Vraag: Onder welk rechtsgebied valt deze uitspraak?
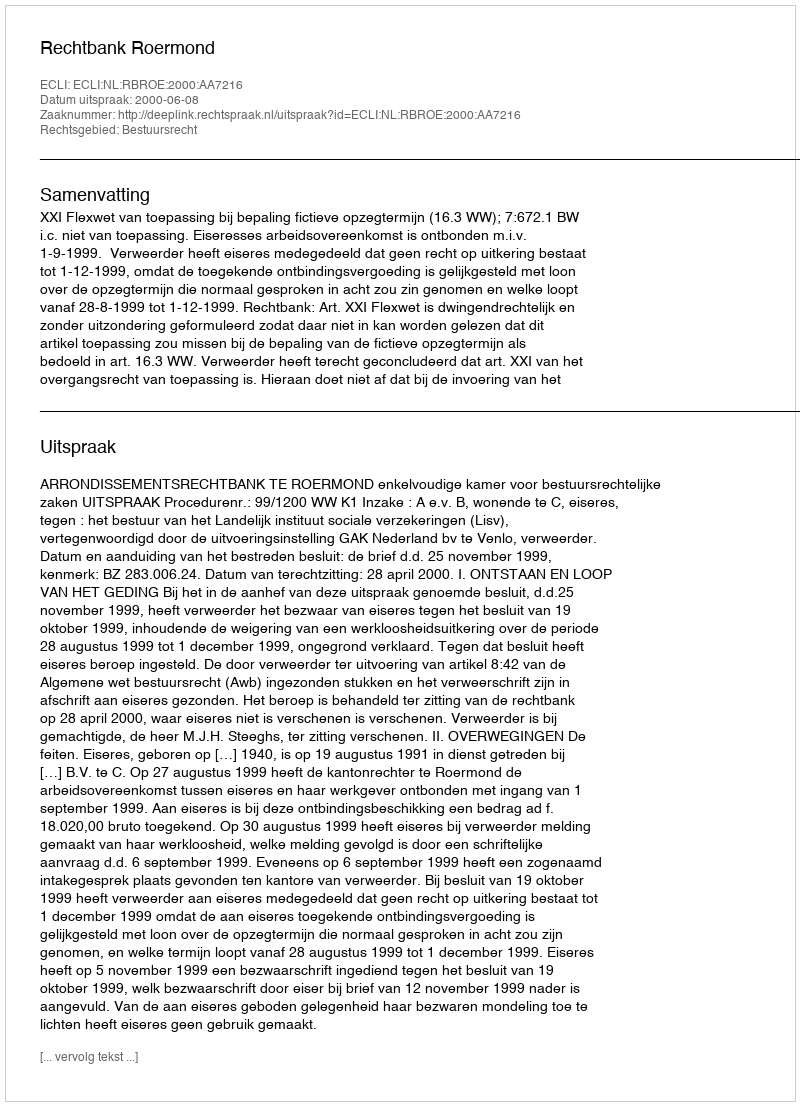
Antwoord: Bestuursrecht